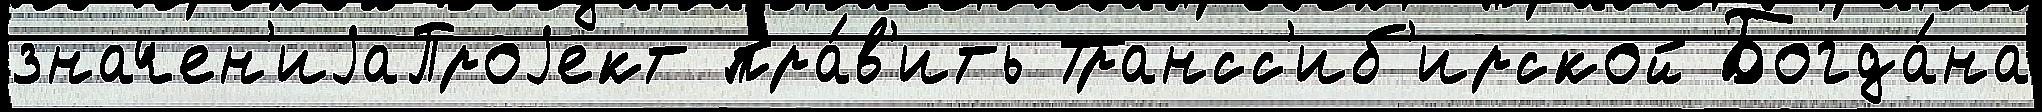
значен'иjаПроjект пра́в'ить Трансс'иб'ирской Богда́на